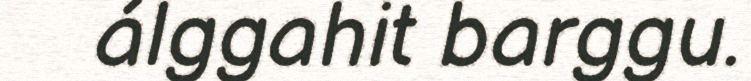
álggahit barggu.